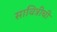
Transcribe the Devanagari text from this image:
सावित्रीची